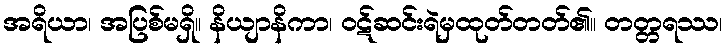
အရိယာ၊ အပြစ်မရှိ။ နိယျာနိကာ၊ ဝဋ်ဆင်းရဲမှထုတ်တတ်၏။ တတ္တရဿ၊